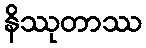
နိဿုတာဿ